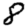
Digit: 8